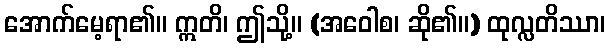
အောက်မေ့ရာ၏။ ဣတိ၊ ဤသို့။ (အဝေါစ၊ ဆို၏။) ထုလ္လတိဿာ၊